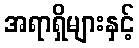
အရာရှိများနှင့်